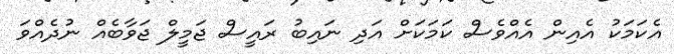
އެކަމަކު އެއިން އެއްވެސް ކަމަކަށް އަދި ނައިބު ރައީސް ޖަމީލް ޖަވާބެއް ނުދެއްވަ